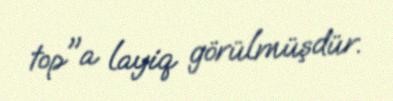
top"a layiq görülmüşdür.